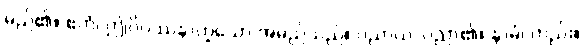
မည်၏။ ဧတံ၊ ဤဝိပဿနာဟူသော အမည်သည်။ ပညာယ၊ ပညာ၏။ နာမံ၊ တည်း။